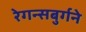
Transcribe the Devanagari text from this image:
रेगन्सबुर्गने